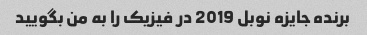
برنده جایزه نوبل 2019 در فیزیک را به من بگویید